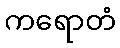
ကရောတံ